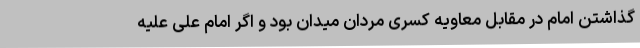
گذاشتن امام در مقابل معاویه کسری مردان میدان بود و اگر امام علی علیه